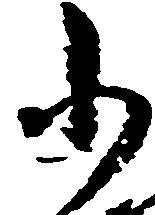
小